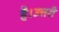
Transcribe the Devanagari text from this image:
है।उत्तरी